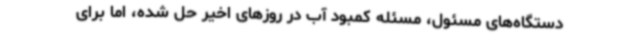
دستگاه‌های مسئول، مسئله کمبود آب در روزهای اخیر حل شده، اما برای